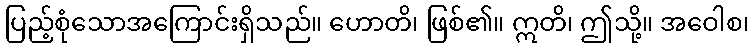
ပြည့်စုံသောအကြောင်းရှိသည်။ ဟောတိ၊ ဖြစ်၏။ ဣတိ၊ ဤသို့။ အဝေါစ၊